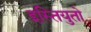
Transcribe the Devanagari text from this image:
इस्तियुतो